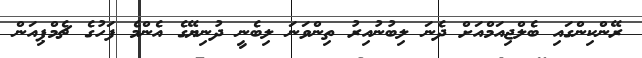
ރޭންކިންގައި ބެލްޖިއަމްއަށް ދެނަ ލިބުނުއިރު ތިންވަނަ ލިބެނީ ދުނިޔޭގެ އެންމެ ފަހުގެ ޗެމްޕިއަން